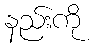
နည်းကို